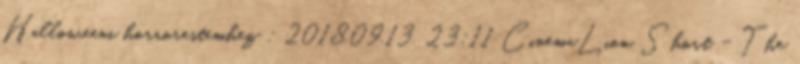
Halloweeni horrorestemhez ; 2018.09.13. 23:11 CinemaLion Short - The